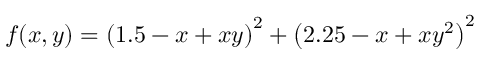
f ( x , y ) = \left( 1 . 5 - x + x y \right) ^ { 2 } + \left( 2 . 2 5 - x + x y ^ { 2 } \right) ^ { 2 }